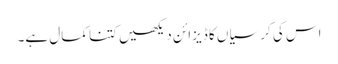
اس کی کرسیاں کا ڈیزائن دیکھیں کتنا کمال ہے۔